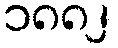
၁၈၈၂